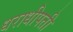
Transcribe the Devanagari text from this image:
धराधीपती